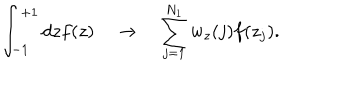
LaTeX: \int _ { - 1 } ^ { + 1 } d z f ( z ) \quad \rightarrow \quad \sum _ { j = 1 } ^ { N _ { 1 } } w _ { z } ( j ) f ( z _ { j } ) .